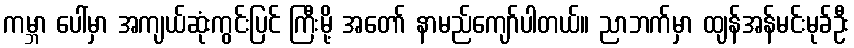
ကမ္ဘာ ပေါ်မှာ အကျယ်ဆုံးကွင်းပြင် ကြီးမို့ အတော် နာမည်ကျော်ပါတယ်။ ညာဘက်မှာ ထျန်အန်မင်းမုခ်ဦး